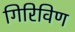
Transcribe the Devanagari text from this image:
गिरिविण